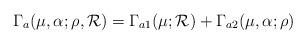
LaTeX: \begin{align*}\Gamma_{a}(\mu,\alpha;\rho,{\cal R})=\Gamma_{a1}(\mu;{\cal R})+\Gamma_{a2}(\mu,\alpha;\rho)\end{align*}